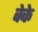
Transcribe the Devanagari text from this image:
वेके